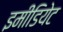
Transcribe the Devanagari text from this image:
इमीडियेट